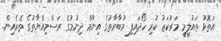
އަތޮޅު ތައުލީމީ މަރުކަޒު ކުރި ހޯދައިފި މުބާރާތުގެ އިނާމް ދިނުމުގެ ރަސްމިއްޔާތުގެ ތެރެއިން.